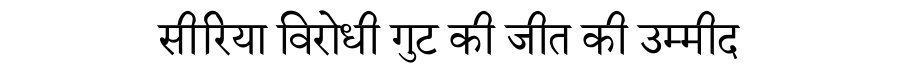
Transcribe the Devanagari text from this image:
सीरिया विरोधी गुट की जीत की उम्मीद